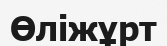
Өліжұрт